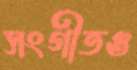
সংগীতও